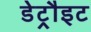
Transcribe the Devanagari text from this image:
डेट्रौइट